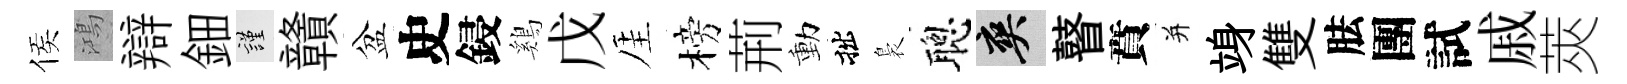
侯鴻辯鈿謹贛盆史鋟鷄戊厓榜荊動拙裊聰爽瞽賁并竧雙胠團試戚莢